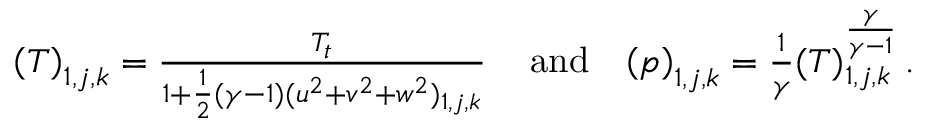
\begin{array} { r l r } { { \left( T \right) _ { 1 , j , k } = \frac { T _ { t } } { 1 + \frac { 1 } { 2 } ( \gamma - 1 ) ( u ^ { 2 } + v ^ { 2 } + w ^ { 2 } ) _ { 1 , j , k } } \, } } & { { \mathrm { a n d } } } & { { \left( p \right) _ { 1 , j , k } = \frac { 1 } { \gamma } ( T ) _ { 1 , j , k } ^ { \frac { \gamma } { \gamma - 1 } } \, \mathrm { . } } } \end{array}